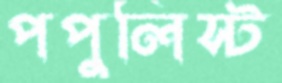
পপুলিস্ট